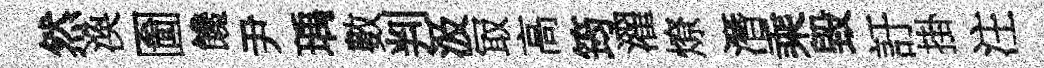
然渙圗饞尹瑀數判汲冣高筠濯燎潛乘毀訏掛注